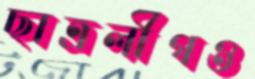
ছাত্রলীগও